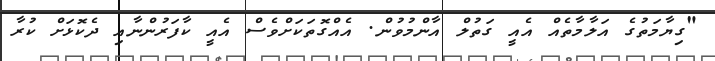
"ގިޔާމަތުގެ އަލާމާތެއް އެއީ ގަތުލް އާންމުވުން. އެއްގޮތަކަށްވެސް އެއީ ކާފަރުންނާއި ދެކޮޅަށް ކުރާ